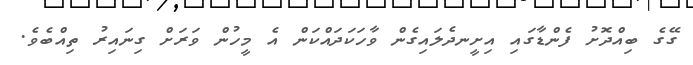
ގޭގެ ބިއްދޮށު ފެންޑާގައި އިށީނދެލައިގެން ވާހަކަދައްކަން އެ މީހުން ވަރަށް ގިނައިރު ތިއްބެވެ.